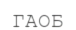
ГАОБ